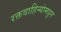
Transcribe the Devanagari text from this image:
रक्तवाहिन्यांमधून